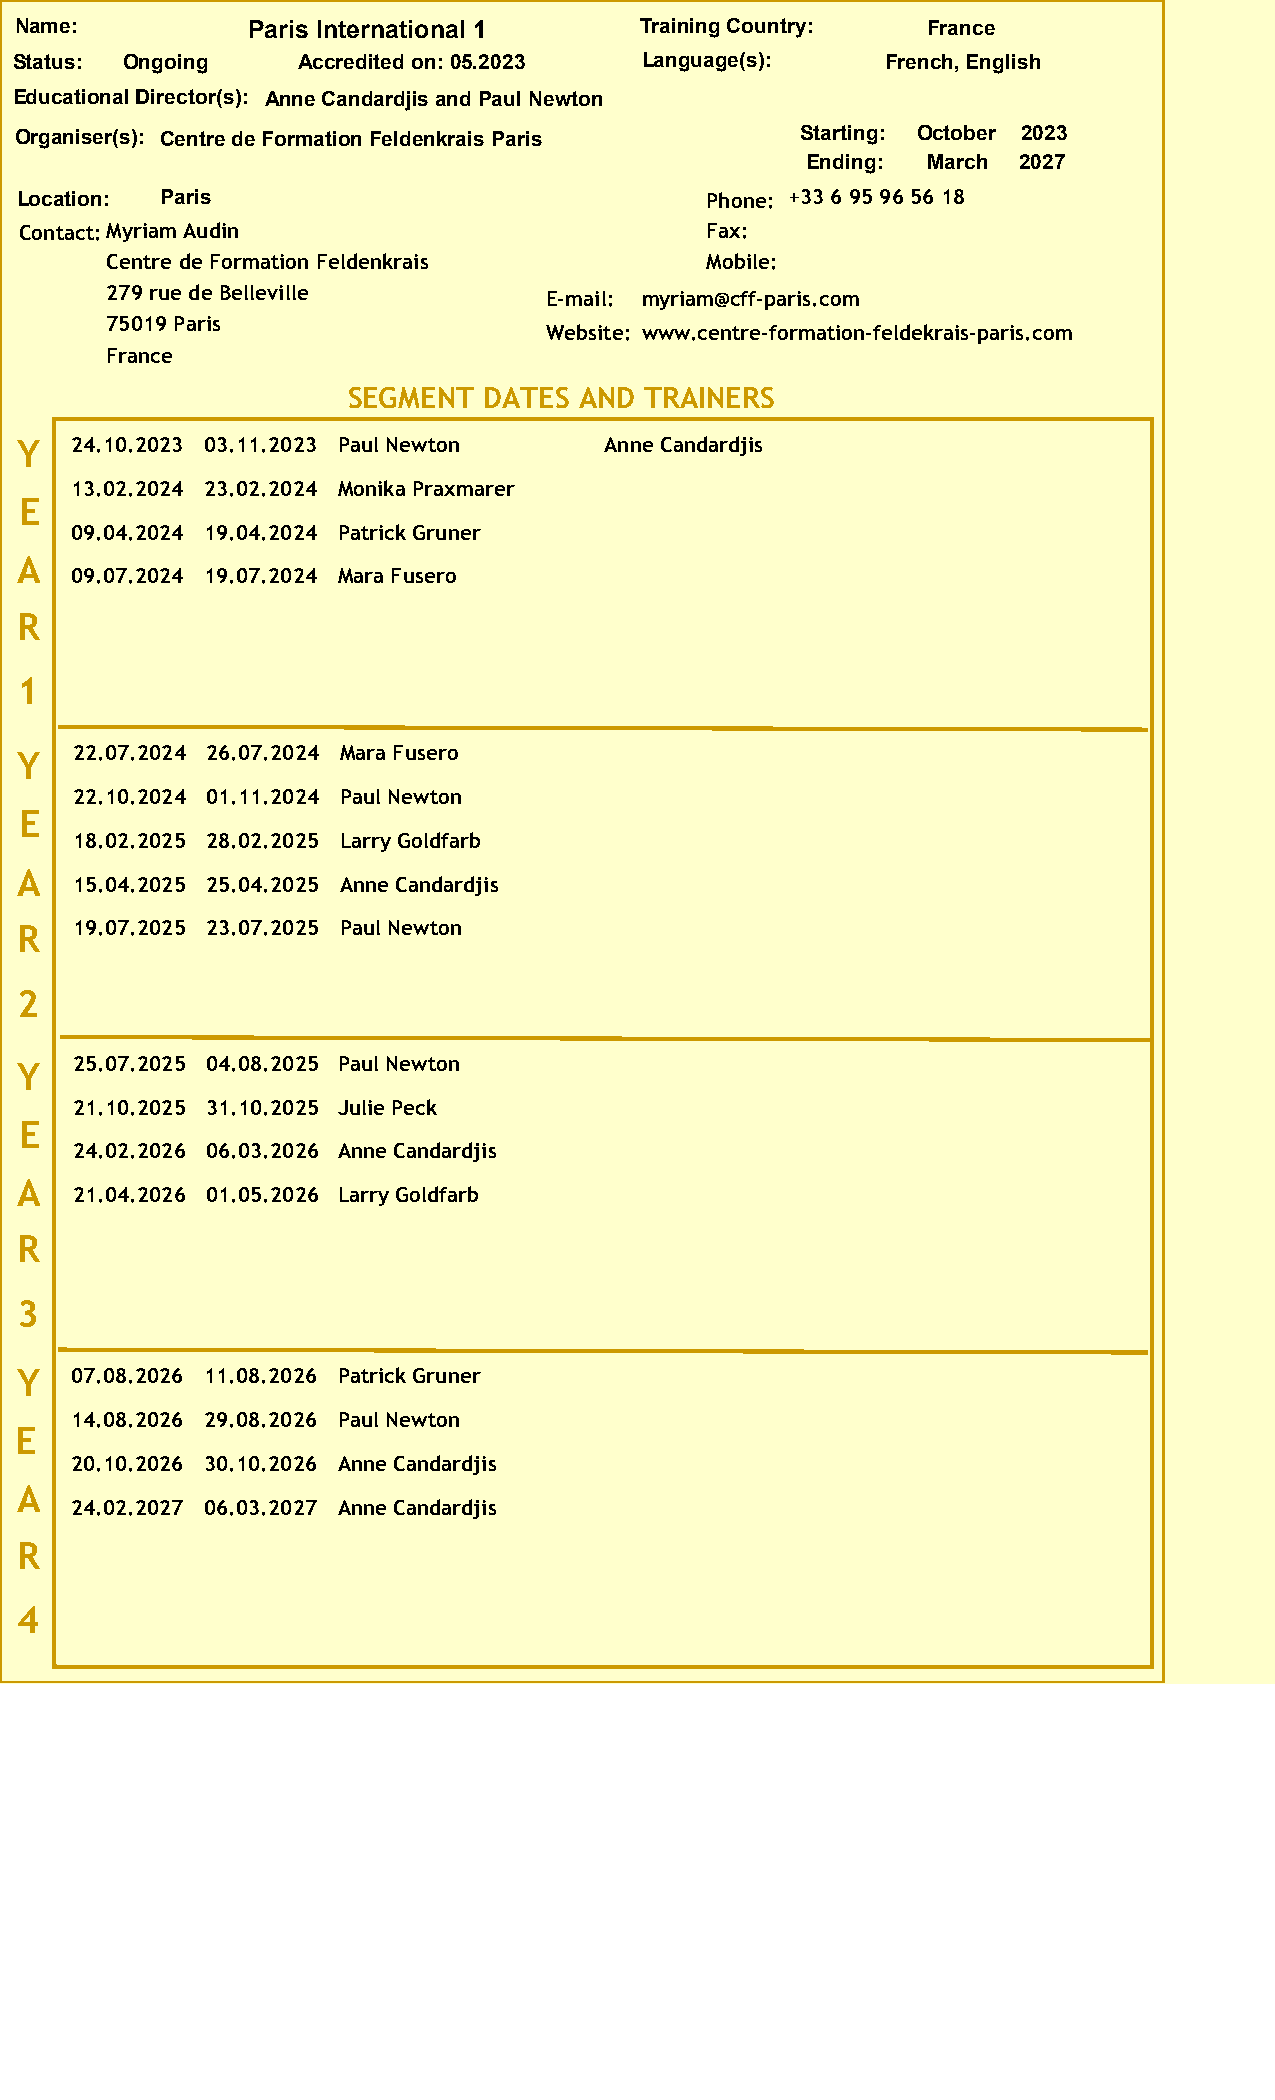
Name:          Paris International 1     Training Country:  France
 Status: Ongoing    Accredited on: 05.2023 Language(s):    French, English
 Educational Director(s): Anne Candardjis and Paul Newton
 Organiser(s): Centre de Formation Feldenkrais Paris Starting: October 2023
 Ending: March 2027
 Location: Paris                               Phone: +33 6 95 96 56 18
 Contact:Myriam Audin                          Fax:
 Centre de Formation Feldenkrais         Mobile:
 279 rue de Belleville        E-mail: myriam@cff-paris.com
 75019 Paris
 Website: www.centre-formation-feldekrais-paris.com
 France
 SEGMENT  DATES AND  TRAINERS
 Y   24.10.2023 03.11.2023 Paul Newton  Anne Candardjis
 13.02.2024 23.02.2024 Monika Praxmarer
 E
 09.04.2024 19.04.2024 Patrick Gruner
 A
 09.07.2024 19.07.2024 Mara Fusero
 R
 1
 Y   22.07.2024 26.07.2024 Mara Fusero
 22.10.2024 01.11.2024 Paul Newton
 E
 18.02.2025 28.02.2025 Larry Goldfarb
 A
 15.04.2025 25.04.2025 Anne Candardjis
 R   19.07.2025 23.07.2025 Paul Newton
 2
 Y   25.07.2025 04.08.2025 Paul Newton
 21.10.2025 31.10.2025 Julie Peck
 E
 24.02.2026 06.03.2026 Anne Candardjis
 A
 21.04.2026 01.05.2026 Larry Goldfarb
 R
 3
 Y   07.08.2026 11.08.2026 Patrick Gruner
 14.08.2026 29.08.2026 Paul Newton
 E
 20.10.2026 30.10.2026 Anne Candardjis
 A
 24.02.2027 06.03.2027 Anne Candardjis
 R
 4